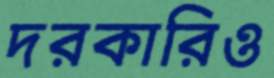
দরকারিও